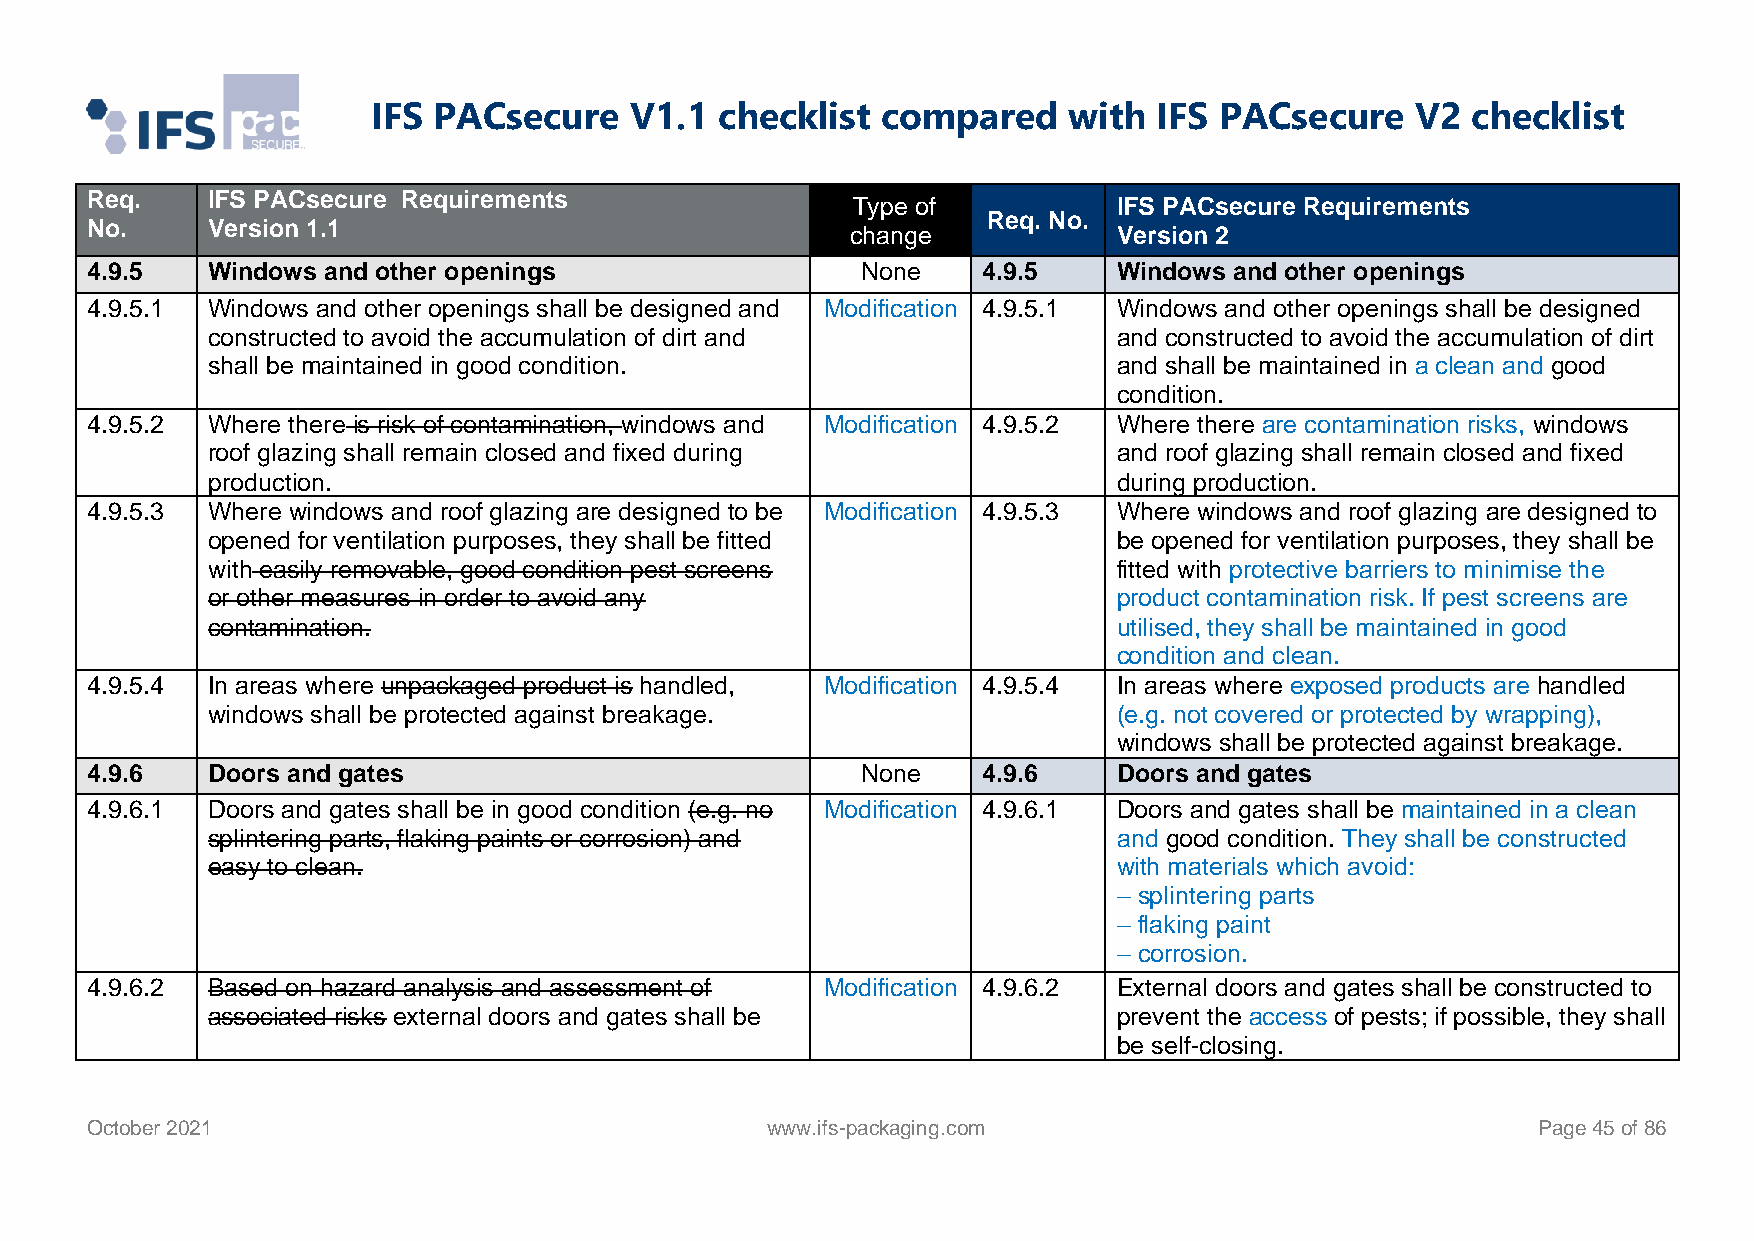
IFS PACsecure    V1.1  checklist compared     with  IFS PACsecure    V2 checklist
 Req.    IFS PACsecure Requirements
 Type of           IFS PACsecure Requirements
 Req. No.
 No.     Version 1.1                               change            Version 2
 4.9.5   Windows and other openings                 None    4.9.5    Windows and other openings
 4.9.5.1 Windows and other openings shall be designed and Modification 4.9.5.1 Windows and other openings shall be designed
 constructed to avoid the accumulation of dirt and           and constructed to avoid the accumulation of dirt
 shall be maintained in good condition.                      and shall be maintained in a clean and good
 condition.
 4.9.5.2 Where there is risk of contamination, windows and Modification 4.9.5.2 Where there are contamination risks, windows
 roof glazing shall remain closed and fixed during           and roof glazing shall remain closed and fixed
 production.                                                 during production.
 4.9.5.3 Where windows and roof glazing are designed to be Modification 4.9.5.3 Where windows and roof glazing are designed to
 opened for ventilation purposes, they shall be fitted       be opened for ventilation purposes, they shall be
 with easily removable, good condition pest screens          fitted with protective barriers to minimise the
 or other measures in order to avoid any                     product contamination risk. If pest screens are
 contamination.                                              utilised, they shall be maintained in good
 condition and clean.
 4.9.5.4 In areas where unpackaged product is handled, Modification 4.9.5.4 In areas where exposed products are handled
 windows shall be protected against breakage.                (e.g. not covered or protected by wrapping),
 windows shall be protected against breakage.
 4.9.6   Doors and gates                            None    4.9.6    Doors and gates
 4.9.6.1 Doors and gates shall be in good condition (e.g. no Modification 4.9.6.1 Doors and gates shall be maintained in a clean
 splintering parts, flaking paints or corrosion) and         and good condition. They shall be constructed
 easy to clean.                                              with materials which avoid:
 – splintering parts
 – flaking paint
 – corrosion.
 4.9.6.2 Based on hazard analysis and assessment of Modification 4.9.6.2 External doors and gates shall be constructed to
 associated risks external doors and gates shall be          prevent the access of pests; if possible, they shall
 be self-closing.
 October 2021                                 www.ifs-packaging.com                              Page 45 of 86